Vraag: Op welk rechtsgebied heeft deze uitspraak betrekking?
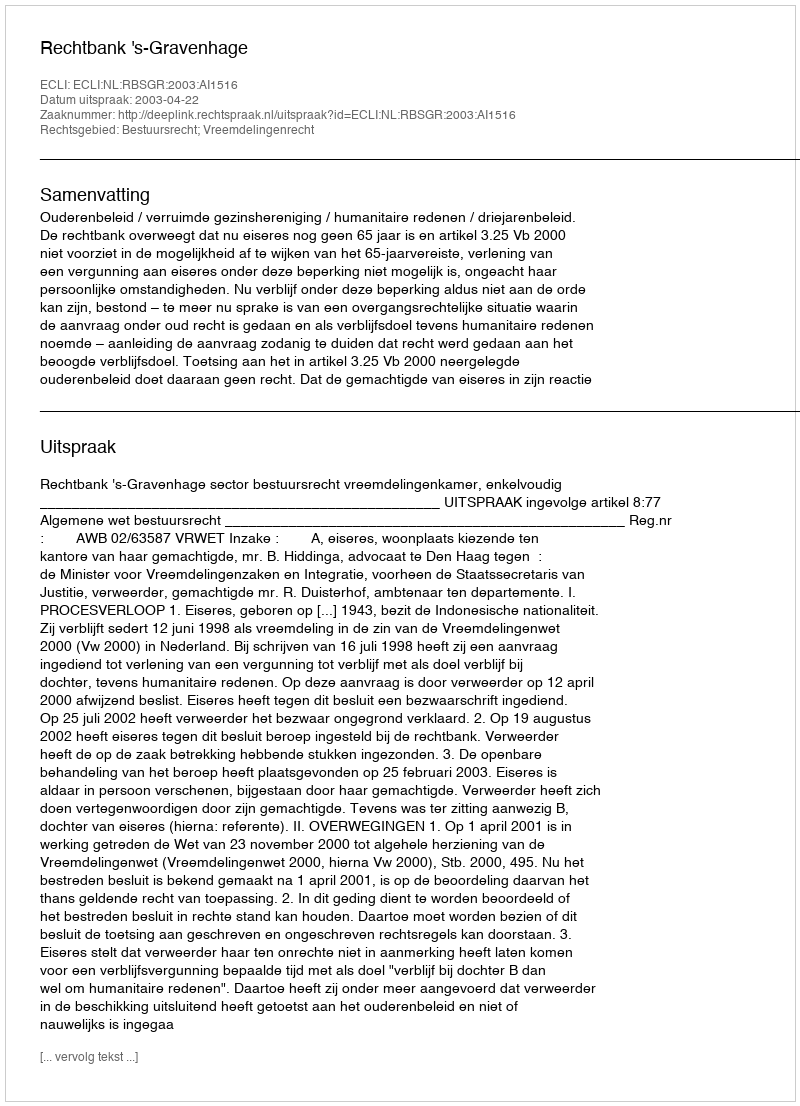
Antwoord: Bestuursrecht; Vreemdelingenrecht